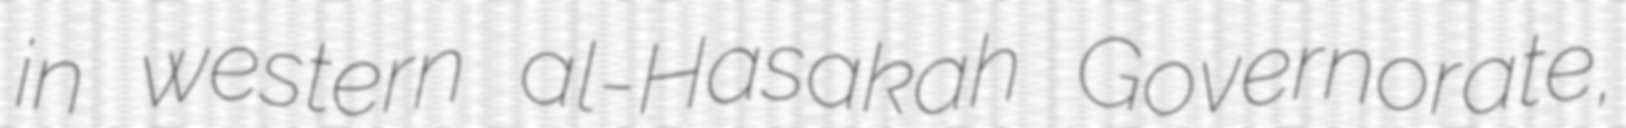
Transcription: in western al-Hasakah Governorate,